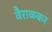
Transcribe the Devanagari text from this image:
वैराळकर